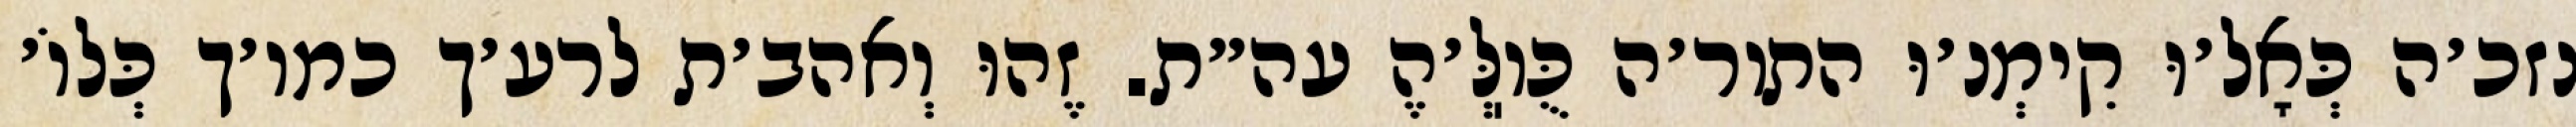
נזכ׳ה כְּאָל׳וּ קִימְנ׳וּ התור׳ה כֻּוֽלְּ׳הֶ עה״ת. זֶהוּ וְאהב׳ת לרע׳ך כמו׳ך כְּלוֹ׳